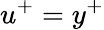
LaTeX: u^{+}=y^{+}